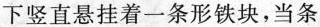
下竖直悬挂着一条形铁块，当条